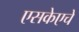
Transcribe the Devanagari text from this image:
एसकेएचे